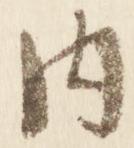
内